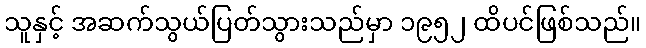
သူနှင့် အဆက်သွယ်ပြတ်သွားသည်မှာ ၁၉၅၂ ထိပင်ဖြစ်သည်။